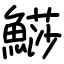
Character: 𩺳